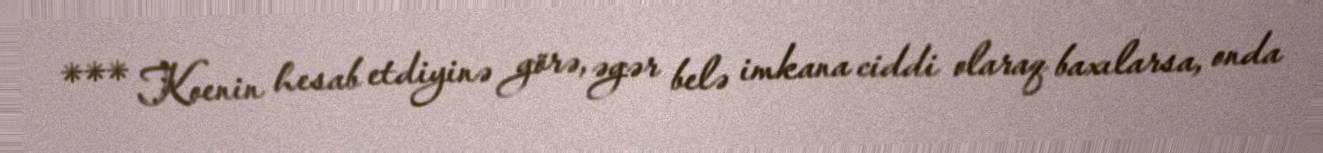
*** Koenin hesab etdiyinə görə, əgər belə imkana ciddi olaraq baxılarsa, onda